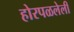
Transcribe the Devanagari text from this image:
होरपळलेली